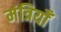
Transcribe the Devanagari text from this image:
मंत्रियोँ